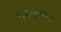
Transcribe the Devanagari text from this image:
रामकुमार।